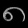
Digit: ၈